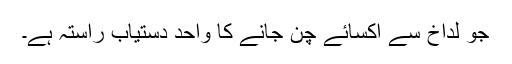
جو لداخ سے اکسائے چن جانے کا واحد دستیاب راستہ ہے۔